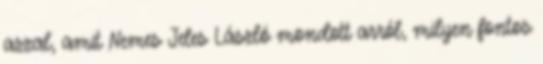
azzal, amit Nemes Jeles László mondott arról, milyen fontos